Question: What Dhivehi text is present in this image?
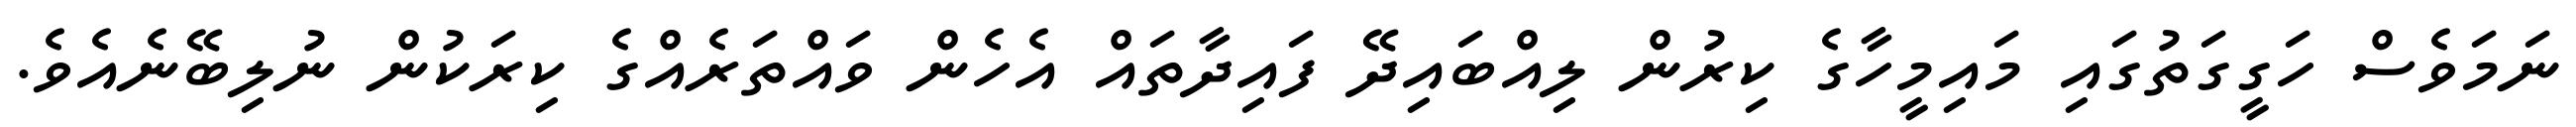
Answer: ނަމަވެސް ހަގީގަތުގައި މައިމީހާގެ ކިރުން ލިއްބައިދޭ ފައިދާތައް އެހެން ވައްތަރެއްގެ ކިރަކުން ނުލިބޭނެއެވެ.